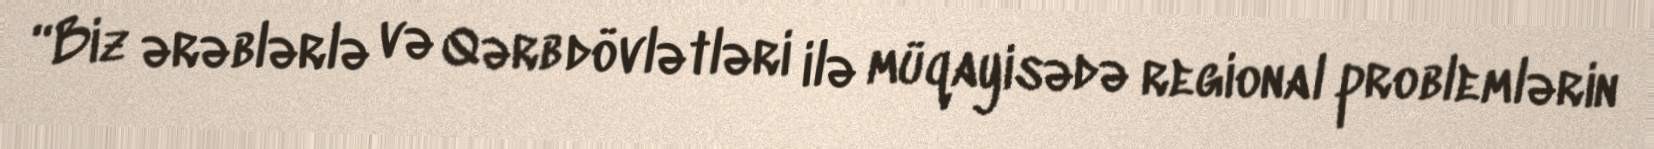
“Biz ərəblərlə və Qərb dövlətləri ilə müqayisədə regional problemlərin